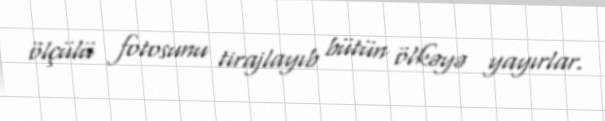
ölçülü fotosunu tirajlayıb bütün ölkəyə yayırlar.